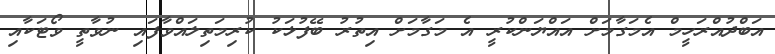
އަބްދުއްރަހީމް އެމަގާމަށް އައްޔަންކުރީ އެ މަގާމަށް އިތުރު ބޭފުޅަކު ކުރިމަތިލައްވާފައި ނުވާތީ ވޯޓަކާއި